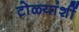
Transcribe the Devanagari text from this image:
टोळ्यांशीं